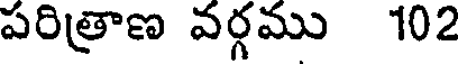
పరిత్రాణ వర్గము 102